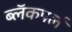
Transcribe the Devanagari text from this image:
ब्लॅकपर्ल